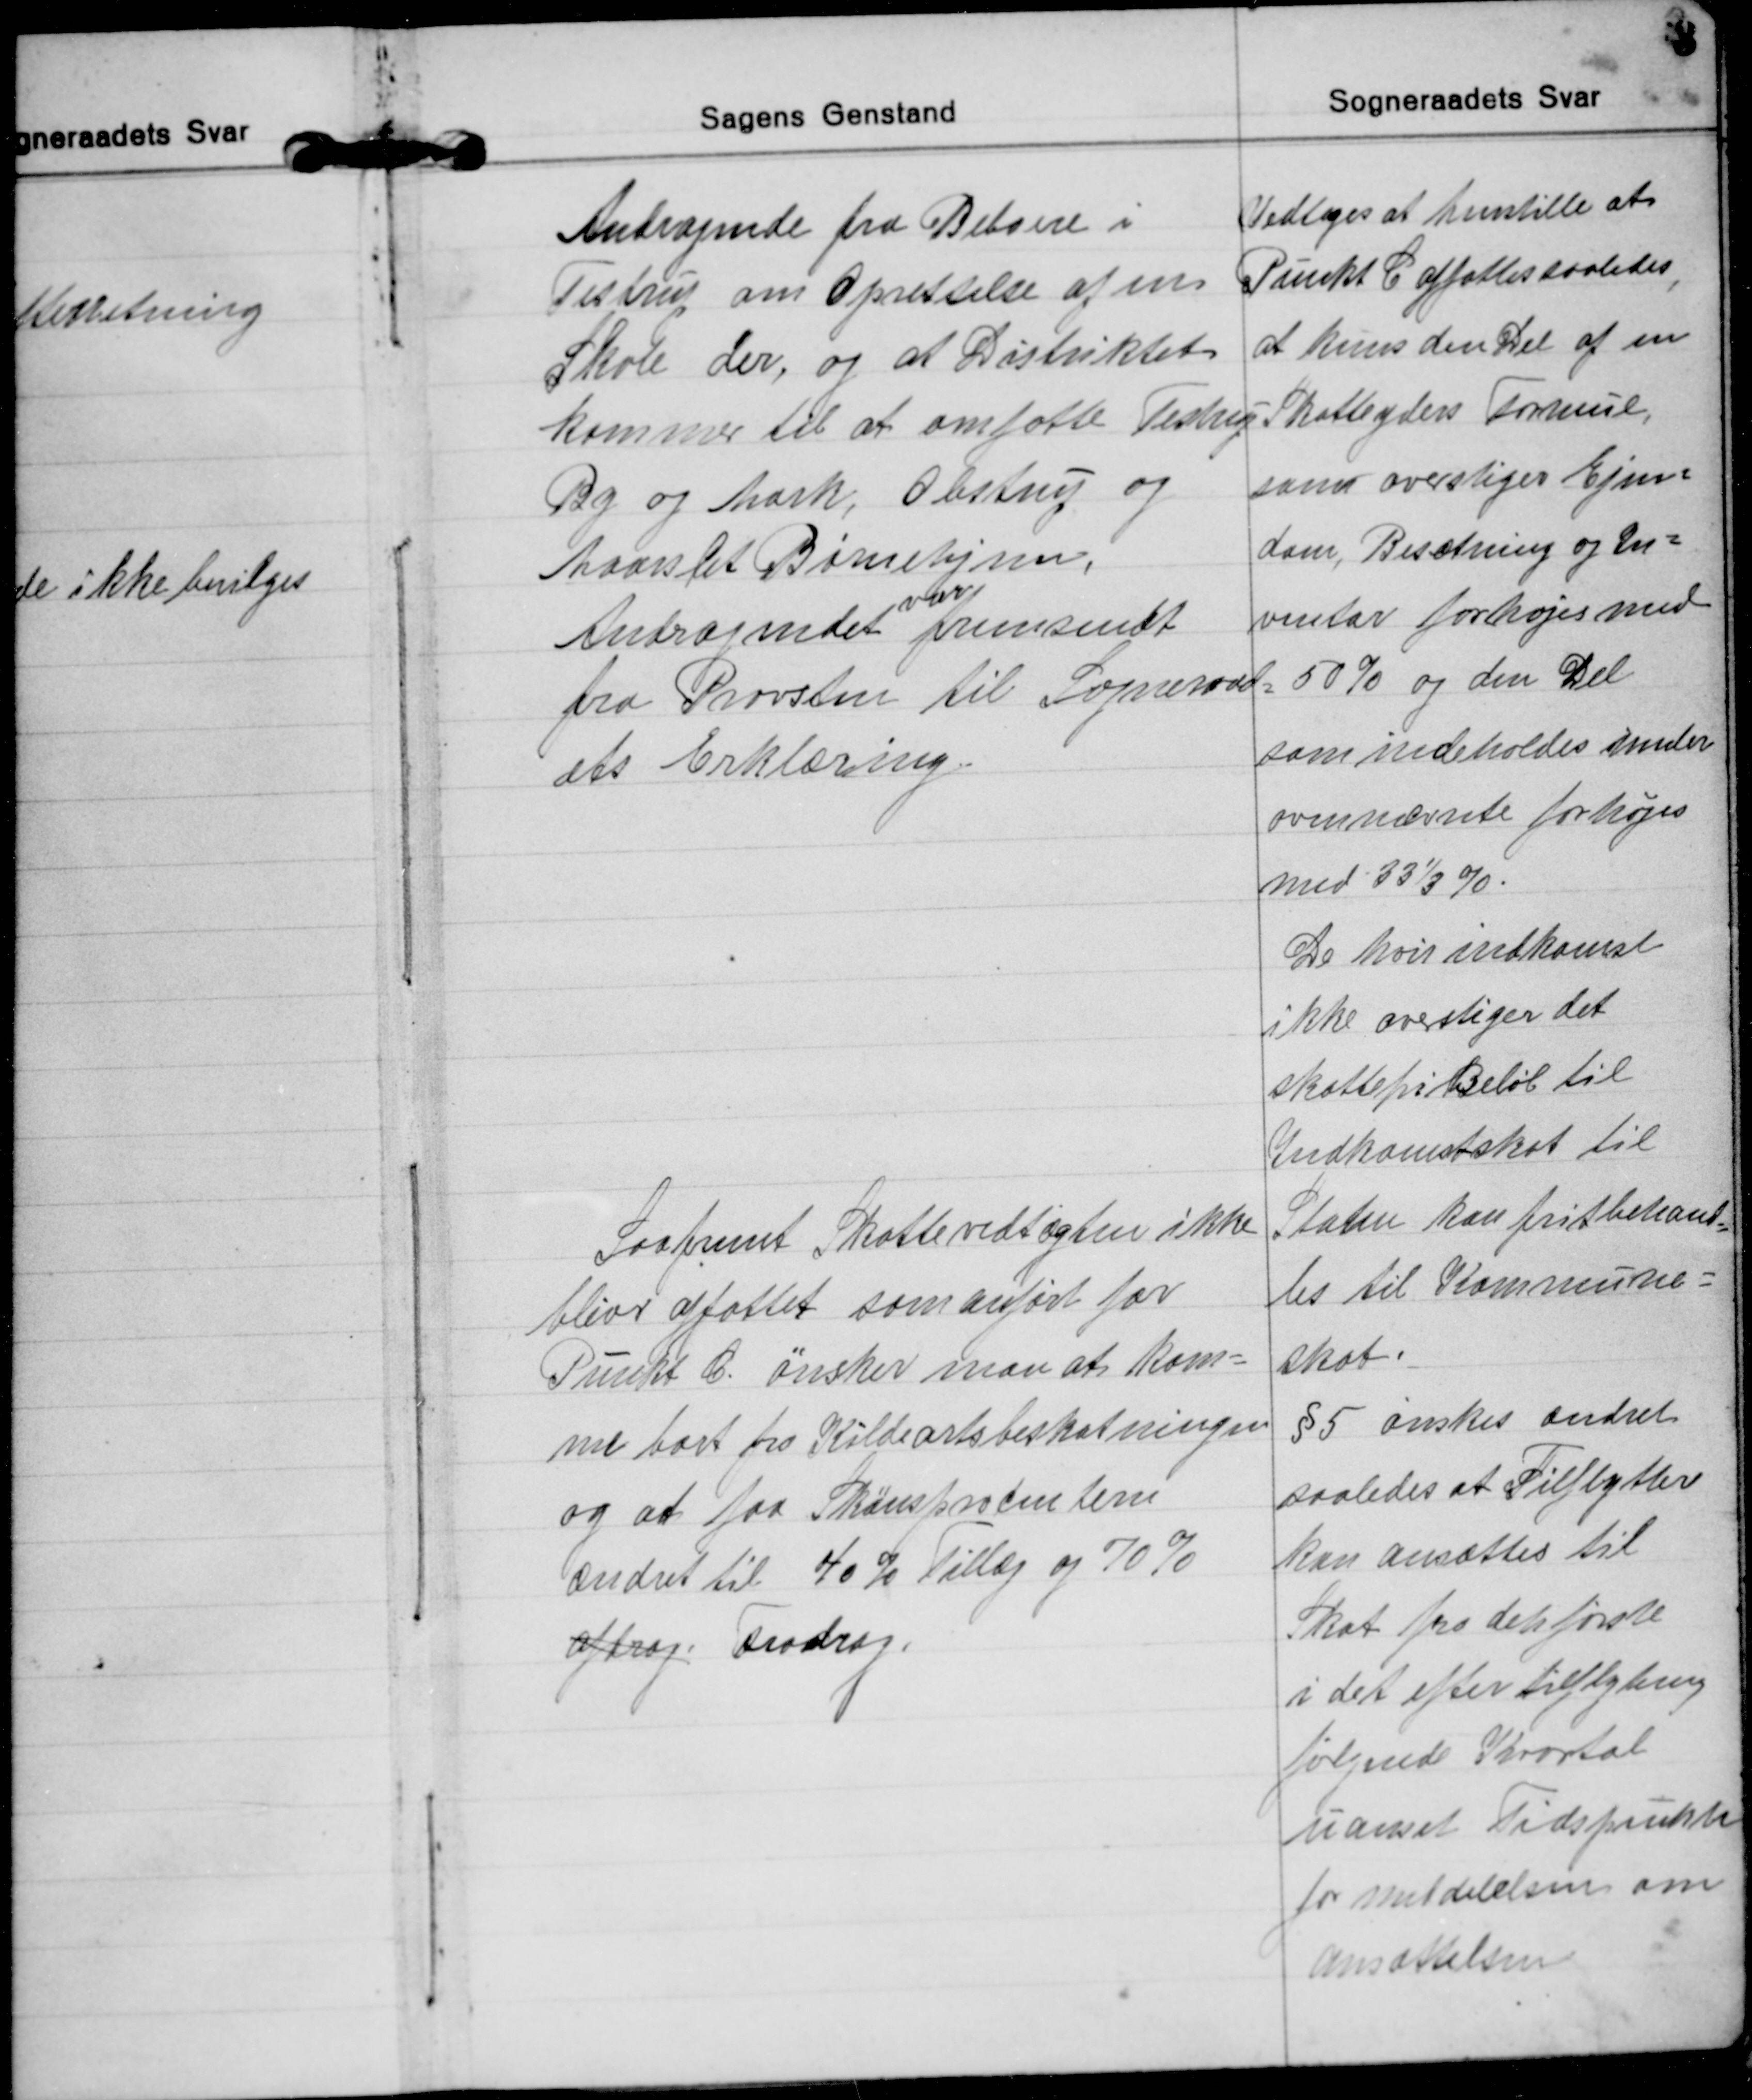
Transskription:
Andragende fra Beboere i
Testrup om Oprettelse af en
Skole der, og at Distriktet
kommer til at omfatte Testrup
By og Mark, Obstrup og
Maarslet Børnehjem,
Andragendet 
var
fremsendt
fra Provsten til Sogneraad=
ets Erklæring.
Saafremt Skattevedtægten ikke
bliver affattet som anført for
Punkt C. ønsker man at kom=
me bort fra Kildeartsbeskatningen
og at faa Skønsprocenterne
ændret til 40% Tillæg og 70%
afdrag Fradrag.
Vedtoges at henstille at
Punkt C affattes saaledes
,
at kuns den Del af en
Skatteyders Formue,
som overstiger Ejen=
dom, Besætning og In=
ventar forhøjes med
50% og den Del
som indeholdes under
ovennævnte forhøjes
med 33⅓ %.
De hvis indkomst
ikke overstiger det
skattefri Beløb til
Indkomstskat til
Staten kan frit behand-
=
les til Kommune=
skat.
§ 5 ønskes ændret
saaledes at Tilflytter
kan ansættes til
Skat fra den første
i det efter tilflytning
følgende Kvartal
uanset Tidspunkt
for Meddelelsen om
Ansættelsen